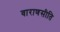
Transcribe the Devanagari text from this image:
वाराणसीति